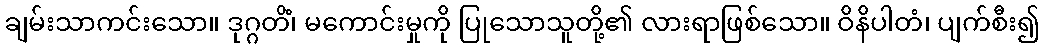
ချမ်းသာကင်းသော။ ဒုဂ္ဂတိံ၊ မကောင်းမှုကို ပြုသောသူတို့၏ လားရာဖြစ်သော။ ဝိနိပါတံ၊ ပျက်စီး၍